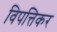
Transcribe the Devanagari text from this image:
विपत्तिकर